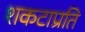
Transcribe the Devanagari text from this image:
शकटाप्रति